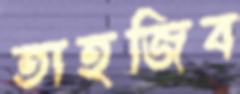
তাহজিব